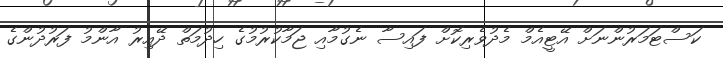
ކަސްޓަމަރުންނަށް އޭޓީއެމް މެދުވެރިކޮށް ފައިސާ ނެގުމާއި ޖަމާކުރުމުގެ ހިދުމަތް ދޭއިރު އާންމު ފަރުދުންގެ